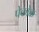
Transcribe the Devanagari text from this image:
पेकोक्क